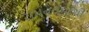
રામનવમીથી